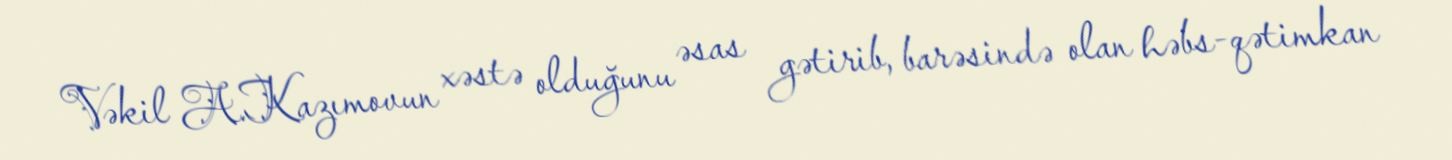
Vəkil A.Kazımovun xəstə olduğunu əsas gətirib, barəsində olan həbs-qətimkan